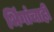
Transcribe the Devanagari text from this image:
भिंगांचाही